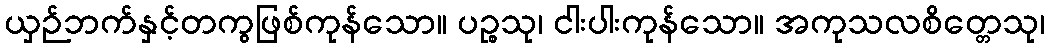
ယှဉ်ဘက်နှင့်တကွဖြစ်ကုန်သော။ ပဉ္စသု၊ ငါးပါးကုန်သော။ အကုသလစိတ္တေသု၊